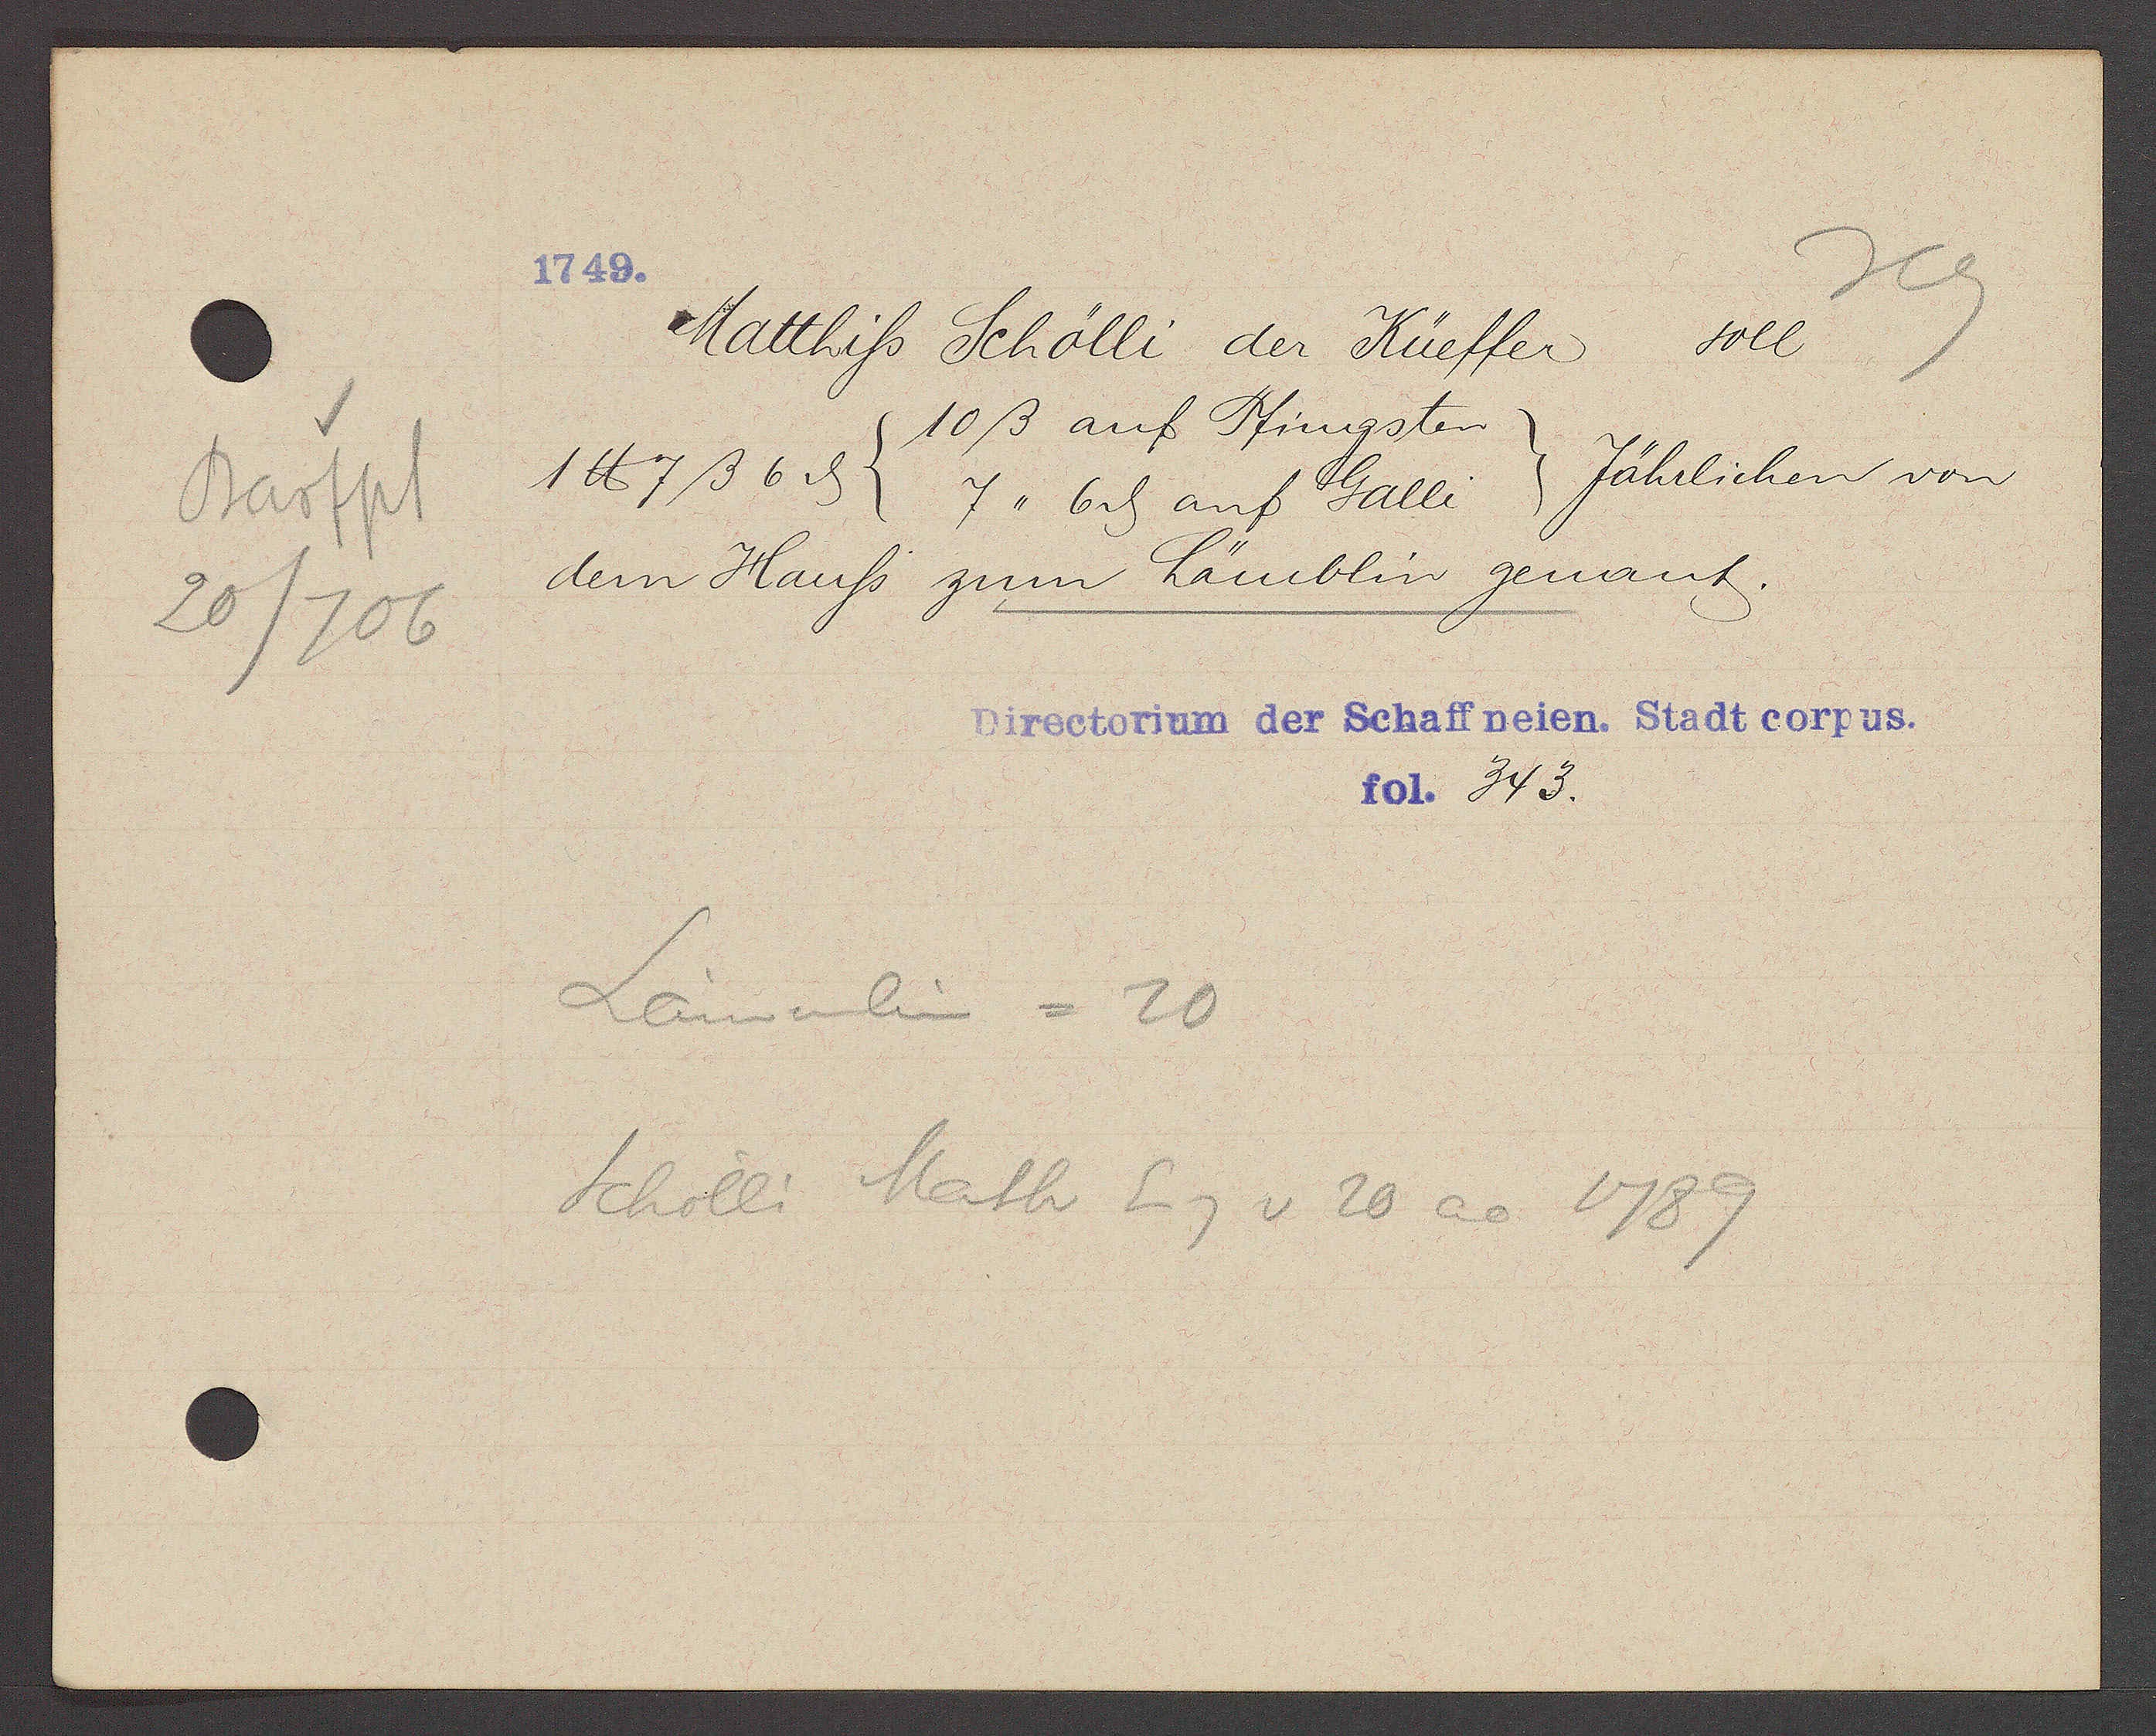
Transcript:
Barfpl
20/706

1749.

Matthiss Schölli der Küeffer soll
10ß auf Pfingsten
Jährlichen von
1 ℔ 7ß 6 ȡ (7,, 6ȡ auf Galli
dem Hauss zum Lämblin genant.

Directorium der Schaffneien. Stadt corpus.
fol. 343.

Lämblein = 20
Schölli Math Eig v 20 ao 1789